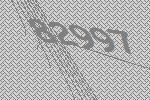
82997